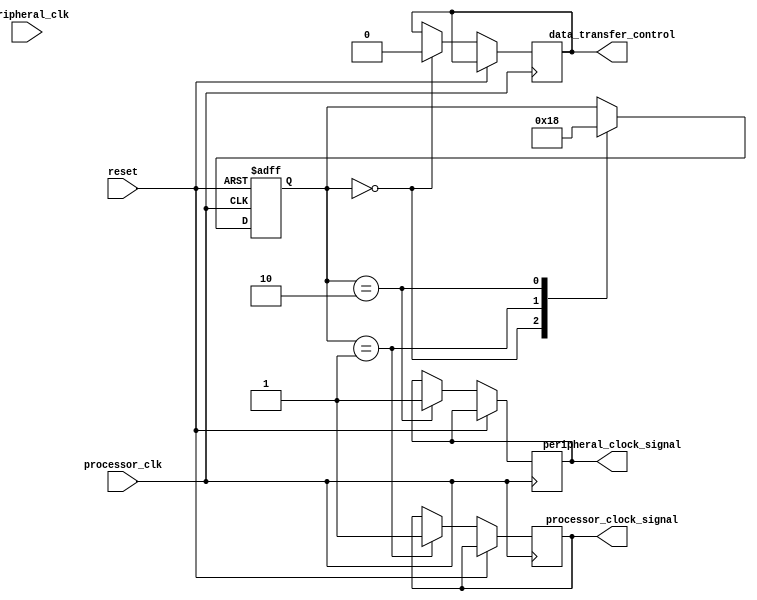
module timing_control_and_sync (

  // Inputs
  input wire processor_clk,
  input wire peripheral_clk,
  input wire reset,

  // Outputs
  output wire processor_clock_signal,
  output wire peripheral_clock_signal,
  output wire data_transfer_control, // Control signal for data transfers

);

  reg [1:0] state; // State variable for synchronization

  always @(posedge processor_clk or posedge reset) begin
    if (reset == 1'b1) begin
      state <= 2'b00; // Initialize state to 00 on reset
    end else begin
      case(state)
        2'b00: begin // State for synchronization
          data_transfer_control <= 1'b0; // Set data transfer control signal low
          state <= 2'b01; // Move to next state
        end
        2'b01: begin // State for generating processor clock signal
          processor_clock_signal <= 1'b1; // Generate processor clock signal
          state <= 2'b10; // Move to next state
        end
        2'b10: begin // State for generating peripheral clock signal
          peripheral_clock_signal <= 1'b1; // Generate peripheral clock signal
          state <= 2'b00; // Reset state to start synchronization process
        end
      endcase
    end
  end

endmodule